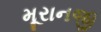
મૂરાનજી